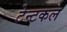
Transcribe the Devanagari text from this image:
टेन्टकल